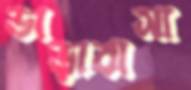
ভাড়াবাসা